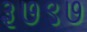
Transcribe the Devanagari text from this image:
३७९७